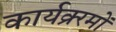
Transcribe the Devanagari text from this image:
कार्यक्र्रमों